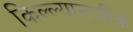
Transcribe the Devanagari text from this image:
किल्ल्यानजीक